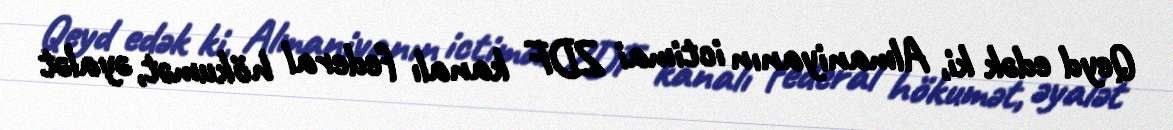
Qeyd edək ki, Almaniyanın ictimai ZDF kanalı federal hökumət, əyalət